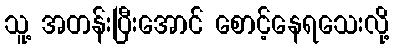
သူ့ အတန်းပြီးအောင် စောင့်နေရသေးလို့